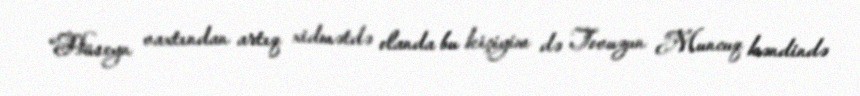
“Hüseyn vaxtından artıq xidmətdə olanda bu kiçiyim də Tovuzun Muncuq kəndində